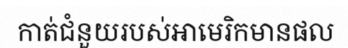
កាត់ជំនួយរបស់អាមេរិកមានផល